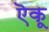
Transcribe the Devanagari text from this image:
ऎकू